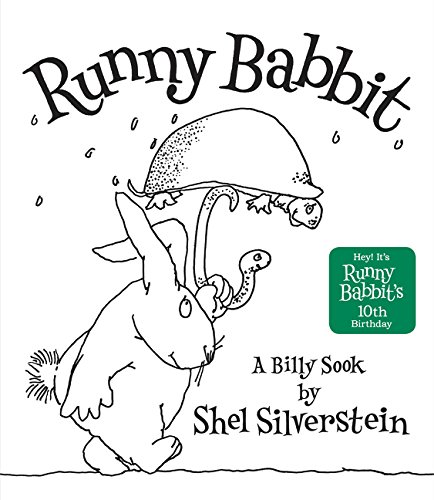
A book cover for Runny Babbit: A Billy Sook; Shel Silverstein; Literature & Fiction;